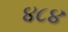
૪૮૪